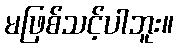
မဖြစ်သင့်ပါဘူး။